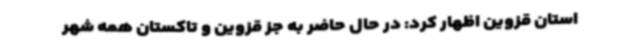
استان قزوین اظهار کرد: در حال حاضر به‌ جز قزوین و تاکستان همه شهر